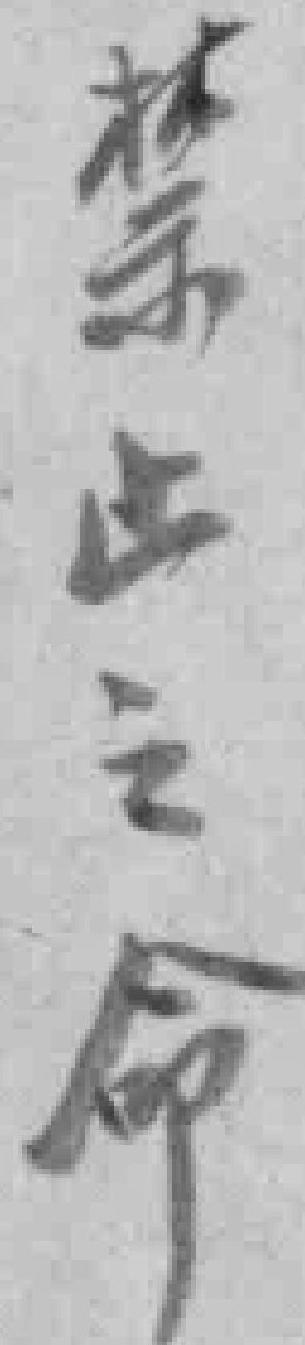
禁止之命